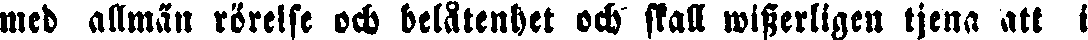
med allmän rörelse och belåtenhet och skall wisserligen tjena att i